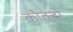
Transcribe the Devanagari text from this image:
कोक्टो